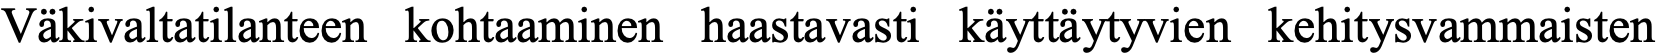
Väkivaltatilanteen kohtaaminen haastavasti käyttäytyvien kehitysvammaisten